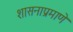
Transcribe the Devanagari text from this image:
शासनाप्रमाणे